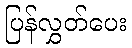
ပြန်လွှတ်ပေး